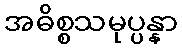
အဓိစ္စသမုပ္ပန္နာ